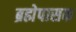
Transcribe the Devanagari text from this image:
ब्रह्मेपासक